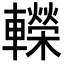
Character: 𨏍